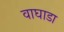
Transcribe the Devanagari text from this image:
वाघाडा